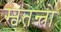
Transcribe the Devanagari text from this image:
स्वतन्त्रो